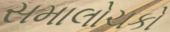
સમાલોચકો